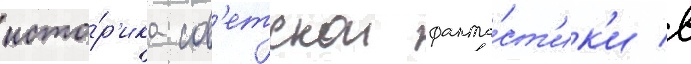
исто́р'ика сов'етскои фанта́ст'ик'и в